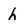
Character: h